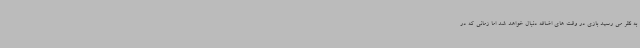
به نظر می رسید بازی در وقت های اضافه دنبال خواهد شد اما زمانی که در